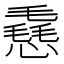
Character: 㦌